DOW-UAP-D49, Launch Summary, Vandenberg AFB, 2000
Agency: Department of War
Incident date: 2/3/00
Page 26
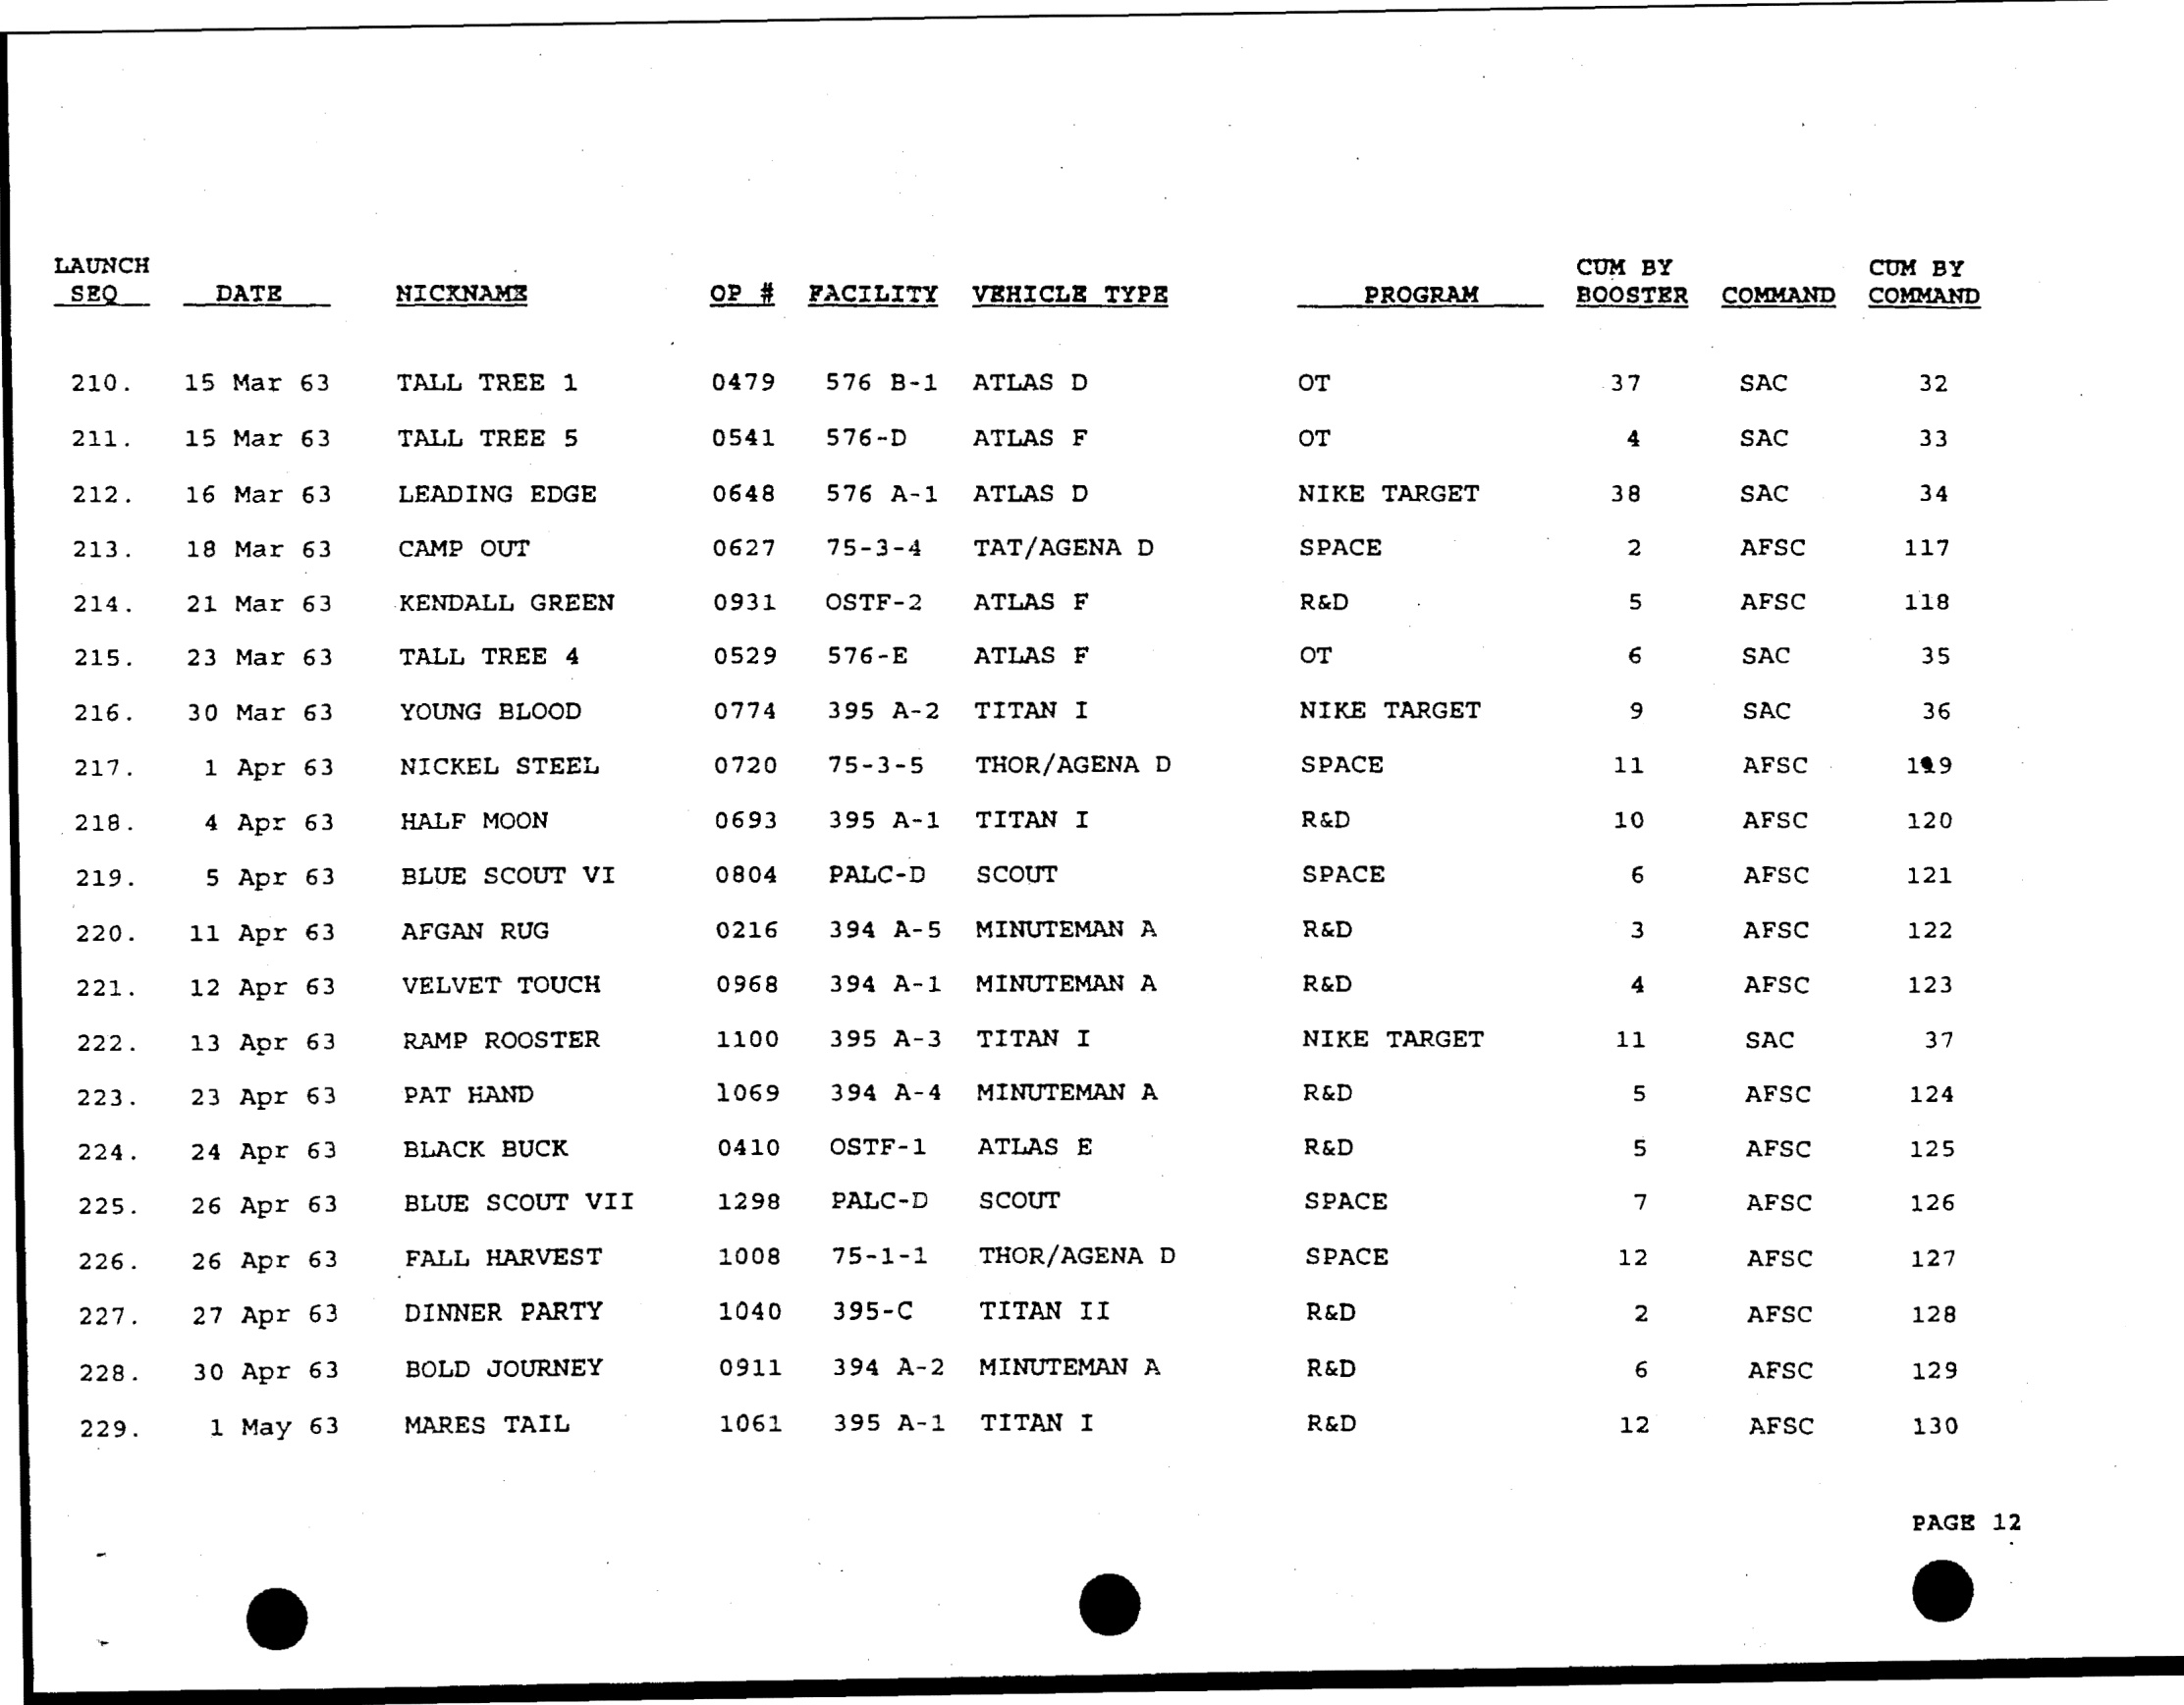